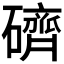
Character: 𥖭